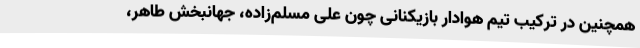
همچنین در ترکیب تیم هوادار بازیکنانی چون علی مسلم‌زاده، جهانبخش طاهر،